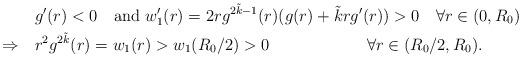
LaTeX: \begin{align*}&g'(r)<0 \quad\mbox{and }w_1'(r)=2r g^{2\tilde k-1}(r)(g(r)+\tilde kr g'(r))>0\quad\forall r\in(0,R_0)\\\Rightarrow\quad&r^2g^{2\tilde k}(r)= w_1(r)> w_1(R_0/2)>0\qquad\qquad\qquad\forall r\in(R_0/2,R_0).\end{align*}